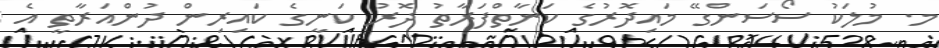
މ. މުލަކު ސޯސަންގޭ މައިދޮރުގެ ކަނާތްފަރާތު ދޮރު ކަނީގެ ކައިރިން ދުންއަރާތީ އެ